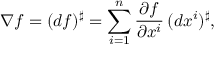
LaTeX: \nabla f = ( d f ) ^ { \sharp } = \sum _ { i = 1 } ^ { n } { \frac { \partial f } { \partial x ^ { i } } } \, ( d x ^ { i } ) ^ { \sharp } ,